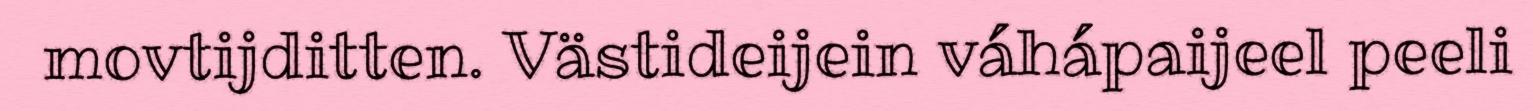
movtijditten. Västideijein váhápaijeel peeli